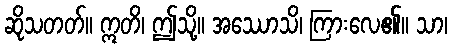
ဆိုသတတ်။ ဣတိ၊ ဤသို့။ အဿောသိ၊ ကြားလေ၏။ သာ၊